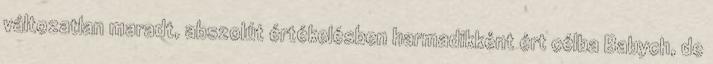
változatlan maradt, abszolút értékelésben harmadikként ért célba Babych, de